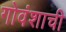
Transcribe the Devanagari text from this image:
गोवंशाची